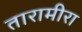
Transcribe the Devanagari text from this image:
तारामीरा